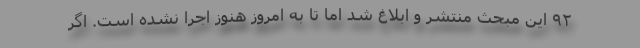
٩٢ این مبحث منتشر و ابلاغ شد اما تا به امروز هنوز اجرا نشده است. اگر